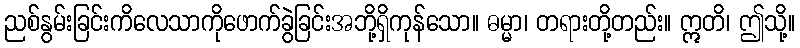
ညစ်နွမ်းခြင်းကိလေသာကိုဖောက်ခွဲခြင်းအဘို့ရှိကုန်သော။ ဓမ္မာ၊ တရားတို့တည်း။ ဣတိ၊ ဤသို့။